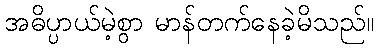
အဓိပ္ပာယ်မဲ့စွာ မာန်တက်နေခဲ့မိသည်။